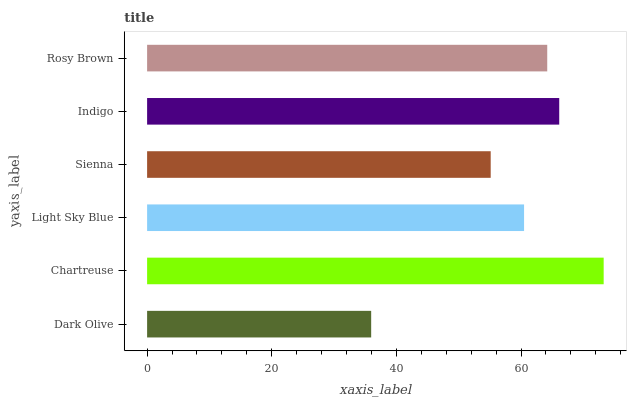
| yaxis_label | bars |
 | --- | --- |
 | Dark Olive | 36 |
 | Chartreuse | 73.3 |
 | Light Sky Blue | 60.5 |
 | Sienna | 55.1 |
 | Indigo | 66.1 |
 | Rosy Brown | 64.2 |